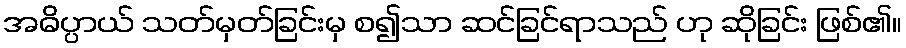
အဓိပ္ပာယ် သတ်မှတ်ခြင်းမှ စ၍သာ ဆင်ခြင်ရာသည် ဟု ဆိုခြင်း ဖြစ်၏။